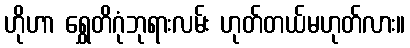
ဟိုဟာ ရွှေတိဂုံဘုရားလမ်း ဟုတ်တယ်မဟုတ်လား။